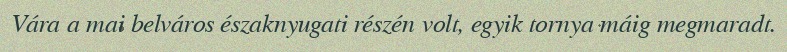
Vára a mai belváros északnyugati részén volt, egyik tornya máig megmaradt.